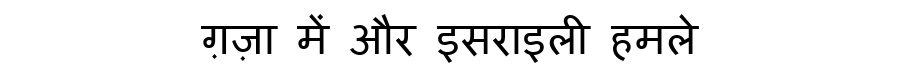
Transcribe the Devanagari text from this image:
ग़ज़ा में और इसराइली हमले